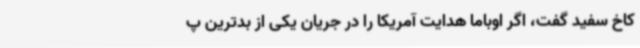
کاخ سفید گفت، اگر اوباما هدایت آمریکا را در جریان یکی از بدترین پ